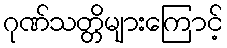
ဂုဏ်သတ္တိများကြောင့်